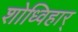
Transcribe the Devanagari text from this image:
शोध्विहार्